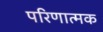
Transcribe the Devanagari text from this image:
परिणात्मक